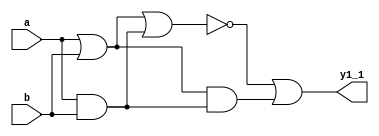
module ex1_1(y1_1,a,b);
  input a,b;
  output y1_1;
  wire w3,w2,w1,w0;
  or or_1(w0,a,b);
  and and_1(w1,a,b);
  and and_2(w2,w0,w1);
  nor nor_1(w3,w0,w1);
  or or_2(y1_1,w3,w2);
endmodule